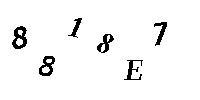
8818E7